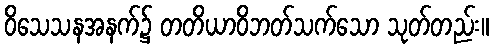
ဝိသေသနအနက်၌ တတိယာဝိဘတ်သက်သော သုတ်တည်း။